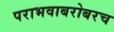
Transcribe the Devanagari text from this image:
पराभवाबरोबरच